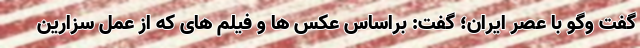
گفت وگو با عصر ایران؛ گفت: براساس عکس ها و فیلم های که از عمل سزارین